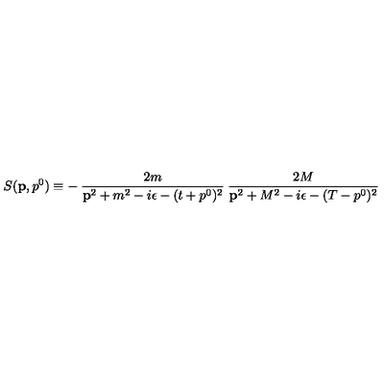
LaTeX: S ( { \bf p } , p ^ { 0 } ) \equiv - \: \frac { 2 m } { { \bf p } ^ { 2 } + m ^ { 2 } - i \epsilon - ( t + p ^ { 0 } ) ^ { 2 } } \: \frac { 2 M } { { \bf p } ^ { 2 } + M ^ { 2 } - i \epsilon - ( T - p ^ { 0 } ) ^ { 2 } }